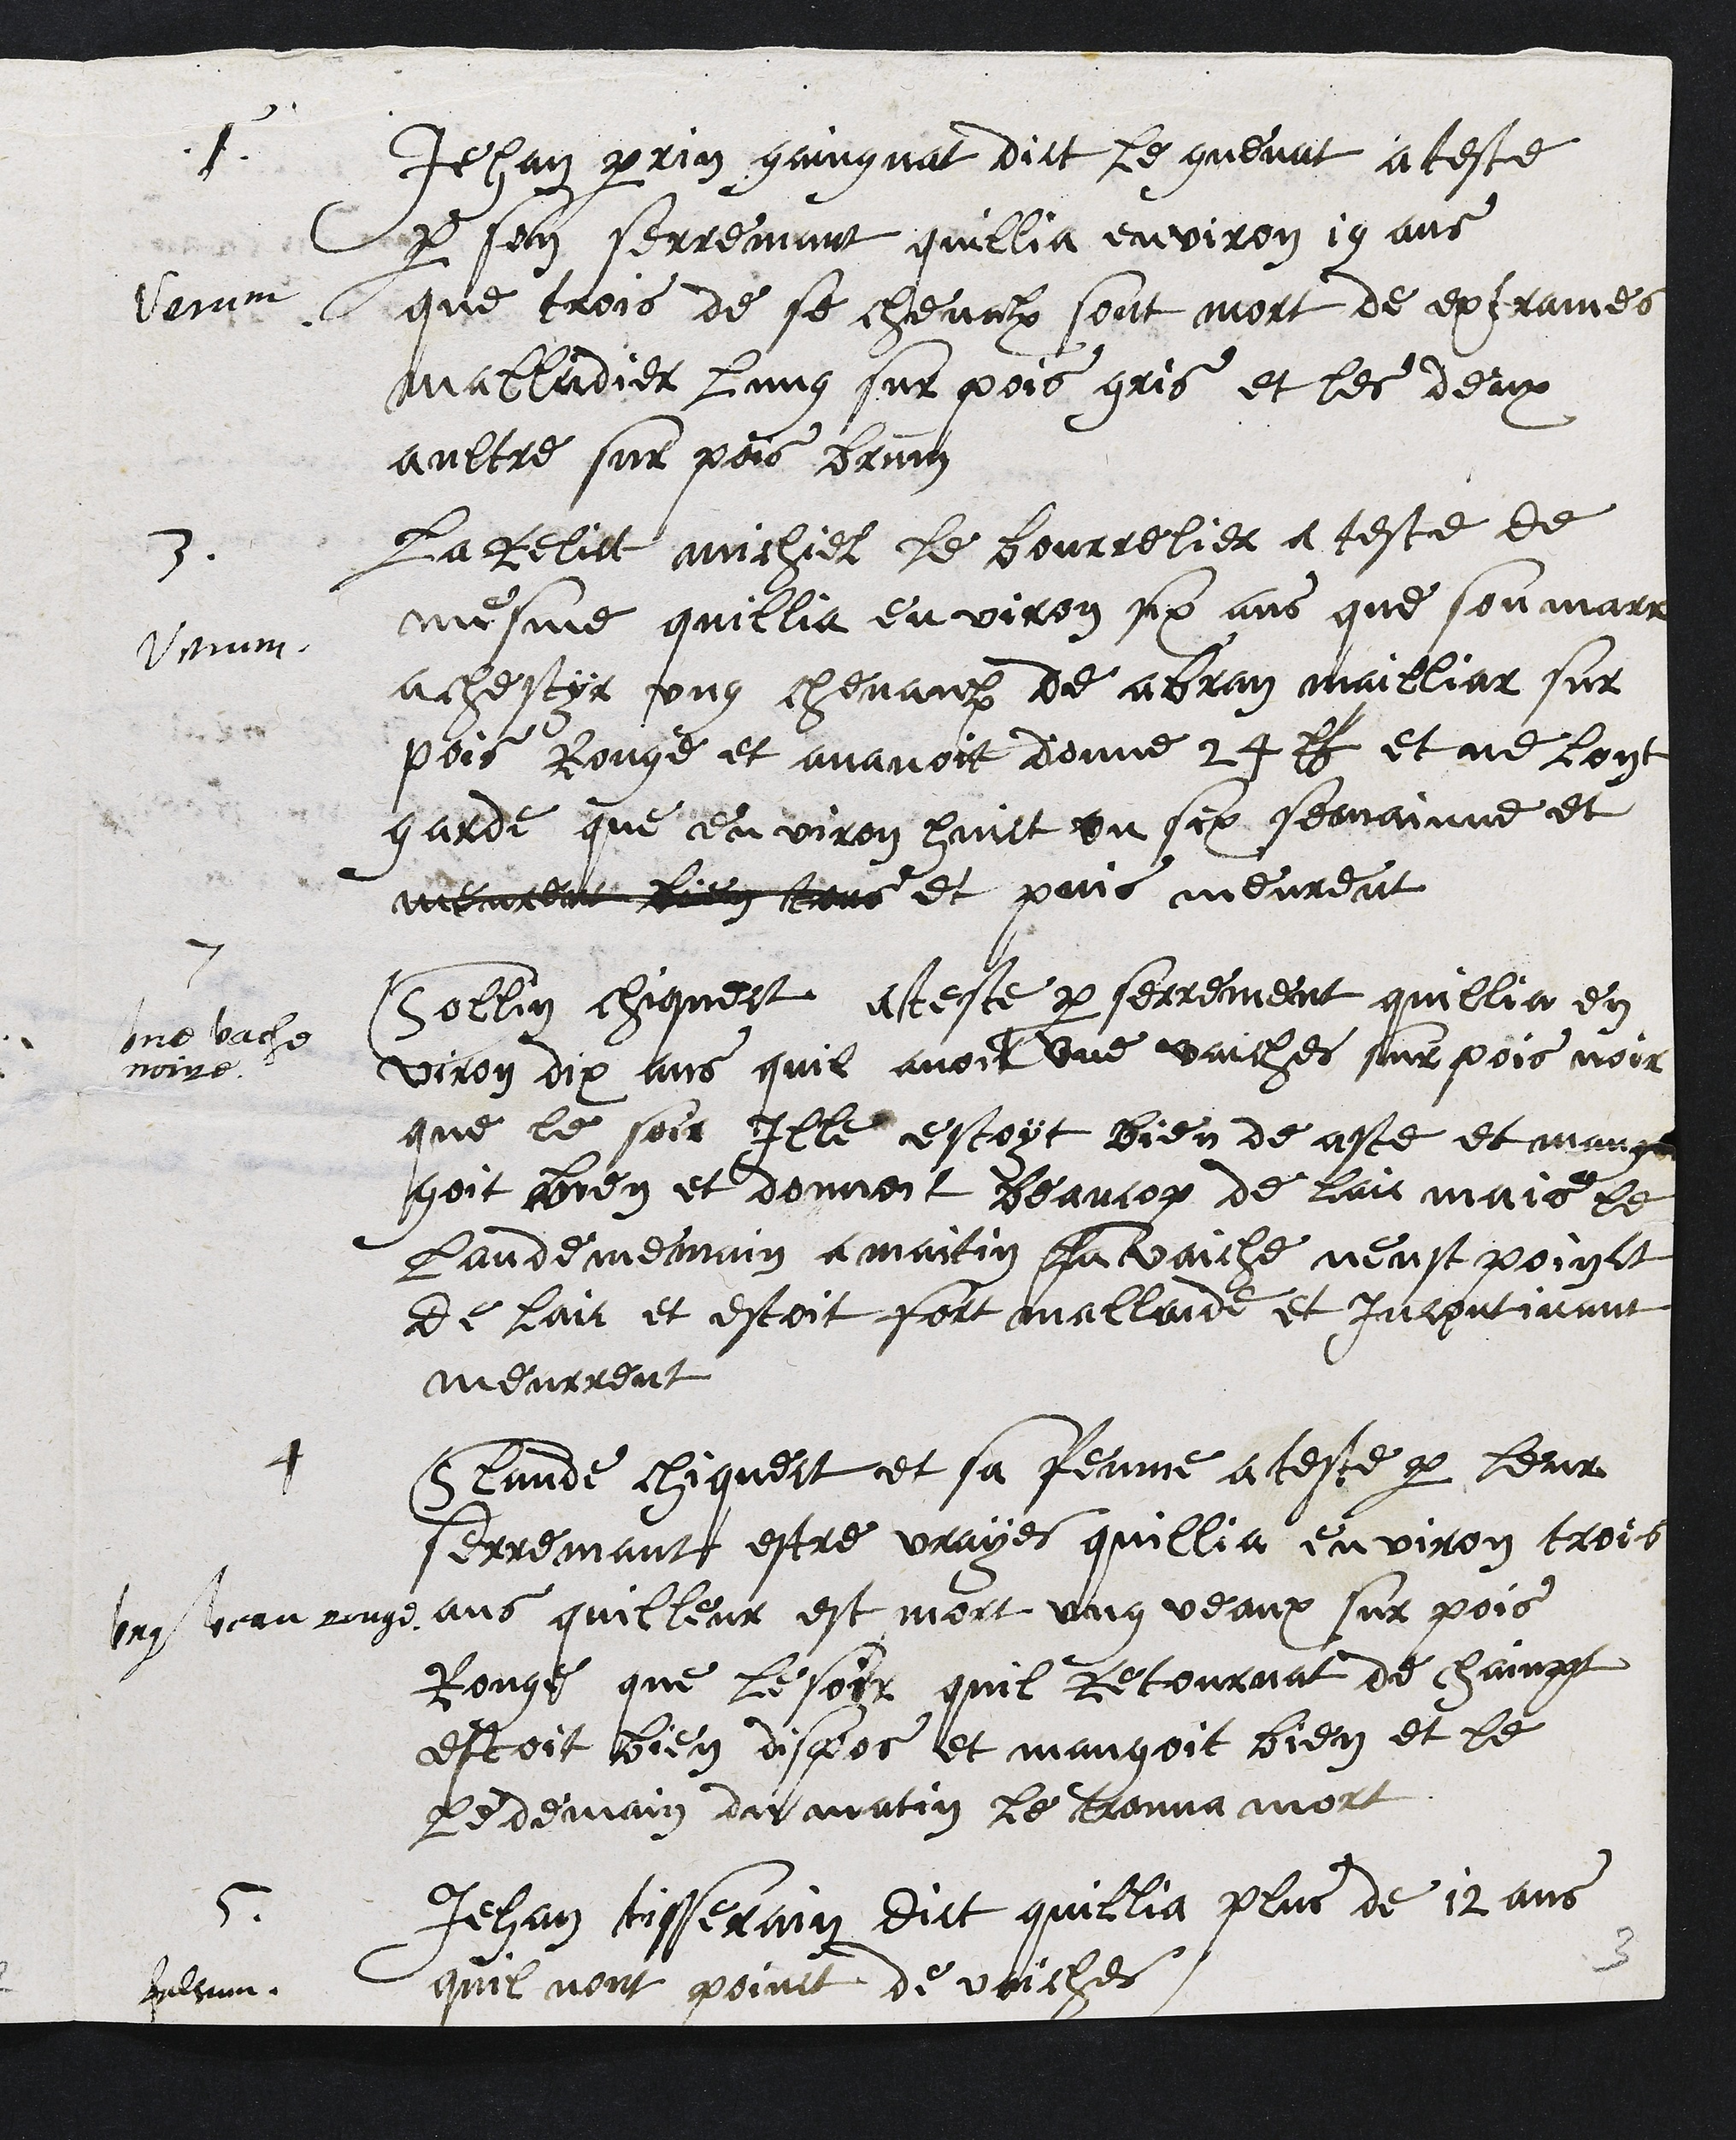
1
Verum
Jehan Perrin gaingnat dict le guenat ateste
par son serremant quillia environ 19 ans
que trois de se chevalx sont mort de extrames
malladier lung sur pois gris et les deux
aultre sur pois brum
3.
Verum
La relict a michiel le bourrelier a teste de
mesme quillia environ six ans que son marri
achestyr ung chevaux de abran mailliar sur
pois Rouge et avavoit donne 24 lb et ne lont
garde que environ huict ou six semaine et
meurent bien tous et puis meureut
7
Une vache
noire
Collin chiqueit ateste par serrement quillia en
viron dix ans quil avoit une vaiches sur pois noir
que le soir ille estoyt bien de aste et mange
goit bien et donnoit beaucop de laic mais le
landememain a maitin la vaiche neust poinct
de laic et estoit fort mallade et incontinant
meurreut
4
Ung veau rouge
Claude Chiquect et sa femme a teste par leur
serremant estre vrayes quillia environ trois
ans quilleur est mort ung veaux sur pois
Rouge que le soir quil retournat de chainpt
estoit bien dispos et mangoit bien et le
Ledemain du matin le trouva mort
5
falsum
Jehan tisserain dict quillia plus de 12 ans
quil nont point de vaiches
3